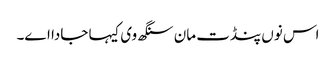
اس نوں پنڈت مان سنگھ وی کیہا جادا اے۔